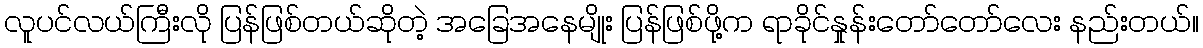
လူပင်လယ်ကြီးလို ပြန်ဖြစ်တယ်ဆိုတဲ့ အခြေအနေမျိုး ပြန်ဖြစ်ဖို့က ရာခိုင်နှုန်းတော်တော်လေး နည်းတယ်။